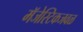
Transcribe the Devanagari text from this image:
मॅजेस्टिकजवळ